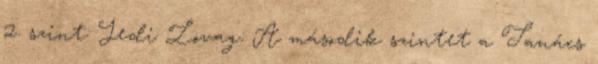
2. szint: Jedi Lovag: A második szintet a Tanács